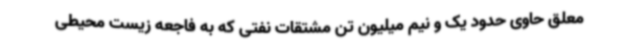
معلق حاوی حدود یک و نیم میلیون تن مشتقات نفتی که به فاجعه زیست محیطی